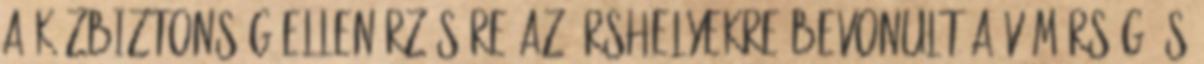
a közbiztonság ellenőrzésére az őrshelyekre bevonult a vámőrség és